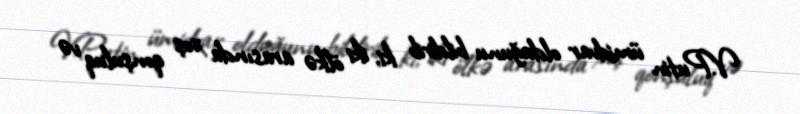
V.Putin ümidvar olduğunu bildirib ki, iki ölkə arasında xoş qonşuluq və